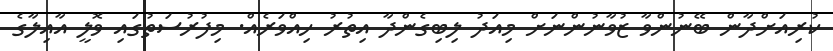
ކުރިއަށްދާން ބޭނުންވާ ޒުވާނުންނަށް މިއަދު ލިބިގެންދާ އިތުރު ހިއްވަރެއް. މިފުރުސަތުގައި ވޮލީ އާއިލާގެ